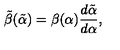
\tilde { \beta } ( \tilde { \alpha } ) = \beta ( \alpha ) \frac { d \tilde { \alpha } } { d \alpha } ,